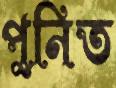
পুনিত